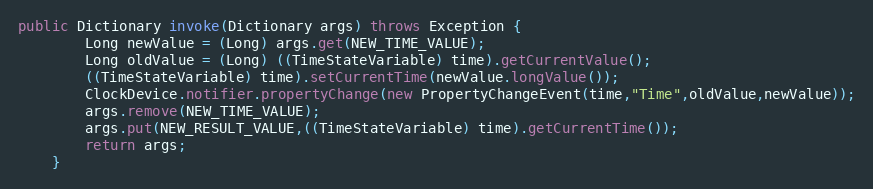
Language: Java
public Dictionary invoke(Dictionary args) throws Exception {
		Long newValue = (Long) args.get(NEW_TIME_VALUE);
        Long oldValue = (Long) ((TimeStateVariable) time).getCurrentValue();
		((TimeStateVariable) time).setCurrentTime(newValue.longValue());
        ClockDevice.notifier.propertyChange(new PropertyChangeEvent(time,"Time",oldValue,newValue));
		args.remove(NEW_TIME_VALUE);
		args.put(NEW_RESULT_VALUE,((TimeStateVariable) time).getCurrentTime());
		return args;
	}